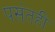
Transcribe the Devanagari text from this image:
पसंतही